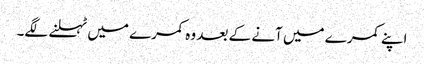
اپنے کمرے میں آنے کے بعد وہ کمرے میں ٹہلنے لگے۔